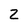
Character: 2